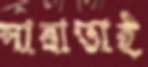
সারাভাই